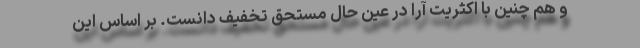
و هم چنین با اکثریت آرا در عین حال مستحق تخفیف دانست. بر اساس این